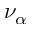
\nu _ { \alpha }